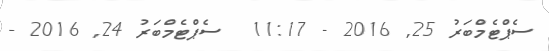
ސެޕްޓެމްބަރު 25